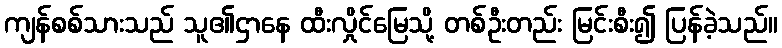
ကျန်စစ်သားသည် သူ၏ဌာနေ ထီးလှိုင်မြေသို့ တစ်ဦးတည်း မြင်းစီး၍ ပြန်ခဲ့သည်။